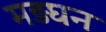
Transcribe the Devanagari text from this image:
मड़घन